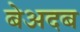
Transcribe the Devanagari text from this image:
बेअदब